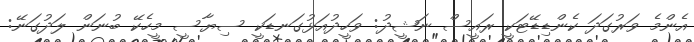
އެންމެ ވަރުގަދަ ކެންޑިޑޭޓަކީ ރައީސް ނަޝީދު: ވަހީދުއަޅުގަނޑަކީ ސިޔާސީ މީހެކޭ ބުނަން ލަދުގަނޭ: